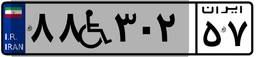
۸۸W۳۰۲۵۷